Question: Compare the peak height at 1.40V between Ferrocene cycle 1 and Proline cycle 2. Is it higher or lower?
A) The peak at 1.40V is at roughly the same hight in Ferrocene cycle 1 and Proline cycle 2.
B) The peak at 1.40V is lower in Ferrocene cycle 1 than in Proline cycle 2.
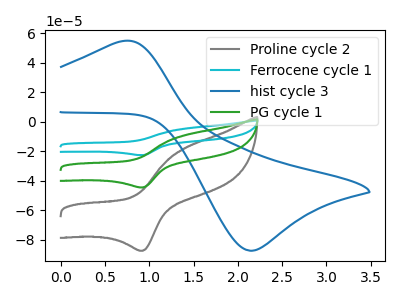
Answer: <think>The gray curve "Proline cycle 2" has an anodic peak at (1.40V, -17.85uA) and a cathodic peak at (0.95V, -87.45uA). The cyan curve "Ferrocene cycle 1" has an anodic peak at (1.40V, -18.15uA) and a cathodic peak at (0.95V, -88.95uA). The blue curve "hist cycle 3" has an anodic peak at (0.70V, 54.80uA) and a cathodic peak at (2.15V, -87.40uA). The green curve "PG cycle 1" has an anodic peak at (1.40V, -9.10uA) and a cathodic peak at (0.95V, -44.50uA).</think>
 <answer>B) The peak at 1.40V is lower in "Ferrocene cycle 1" than in "Proline cycle 2".</answer>
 <eval>B</eval>